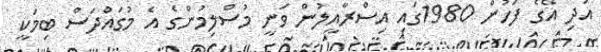
އަދި އޭގެ ފަހުން 1980ގައި އިސްރާއީލުން ވަނީ މުސްލިމުންގެ އެ މުގައްދަސް ބިމަކީ